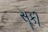
સૂકી